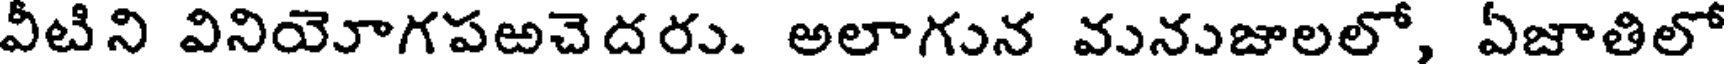
వీటిని వినియెూగపఱచెదరు. అలాగున వునుజాలలో, ఏజాతిలో